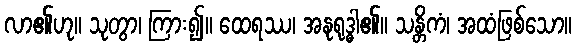
လာ၏ဟု။ သုတွာ၊ ကြား၍။ ထေရဿ၊ အနုရုဒ္ဓါ၏။ သန္တိကံ၊ အထံဖြစ်သော။